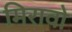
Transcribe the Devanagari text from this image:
मिरावो